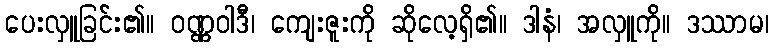
ပေးလှူခြင်း၏။ ဝဏ္ဏဝါဒီ၊ ကျေးဇူးကို ဆိုလေ့ရှိ၏။ ဒါနံ၊ အလှူကို။ ဒဿာမ၊